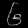
Digit: ၆